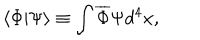
LaTeX: \langle \Phi | \Psi \rangle \equiv \int \overline { { { \Phi } } } \Psi d ^ { 4 } x ,